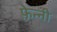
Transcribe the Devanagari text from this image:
फ़ेन्नी